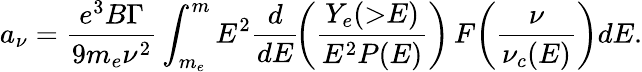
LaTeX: a_{\nu}=\frac{e^{3}B\Gamma}{9m_{e}\nu^{2}}\int_{m_{e}}^{m}E^{2}\frac{d}{dE}\! \left(\frac{Y_{e}(\mathord{>}E)}{E^{2}P(E)}\right)\, F\! \left(\frac{\nu}{\nu_{c}(E)}\right)dE.